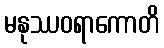
မနုဿဝရာကောတိ